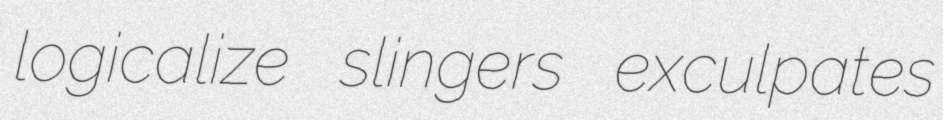
logicalize slingers exculpates